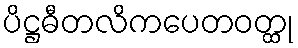
ပိဋ္ဌဓီတလိကပေတဝတ္ထု